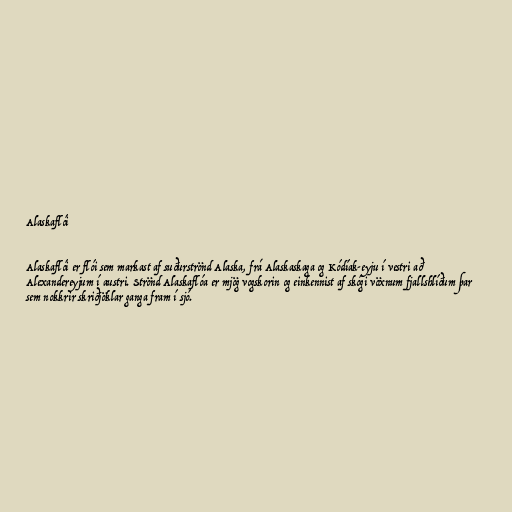
Alaskaflói

Alaskaflói er flói sem markast af suðurströnd Alaska, frá Alaskaskaga og Kódíak-eyju í vestri að
Alexandereyjum í austri. Strönd Alaskaflóa er mjög vogskorin og einkennist af skógi vöxnum fjallshlíðum þar
sem nokkrir skriðjöklar ganga fram í sjó.